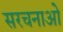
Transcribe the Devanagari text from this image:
सरचनाओ